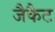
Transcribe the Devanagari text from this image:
जैकैट